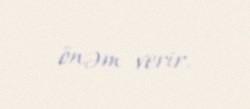
önəm verir.